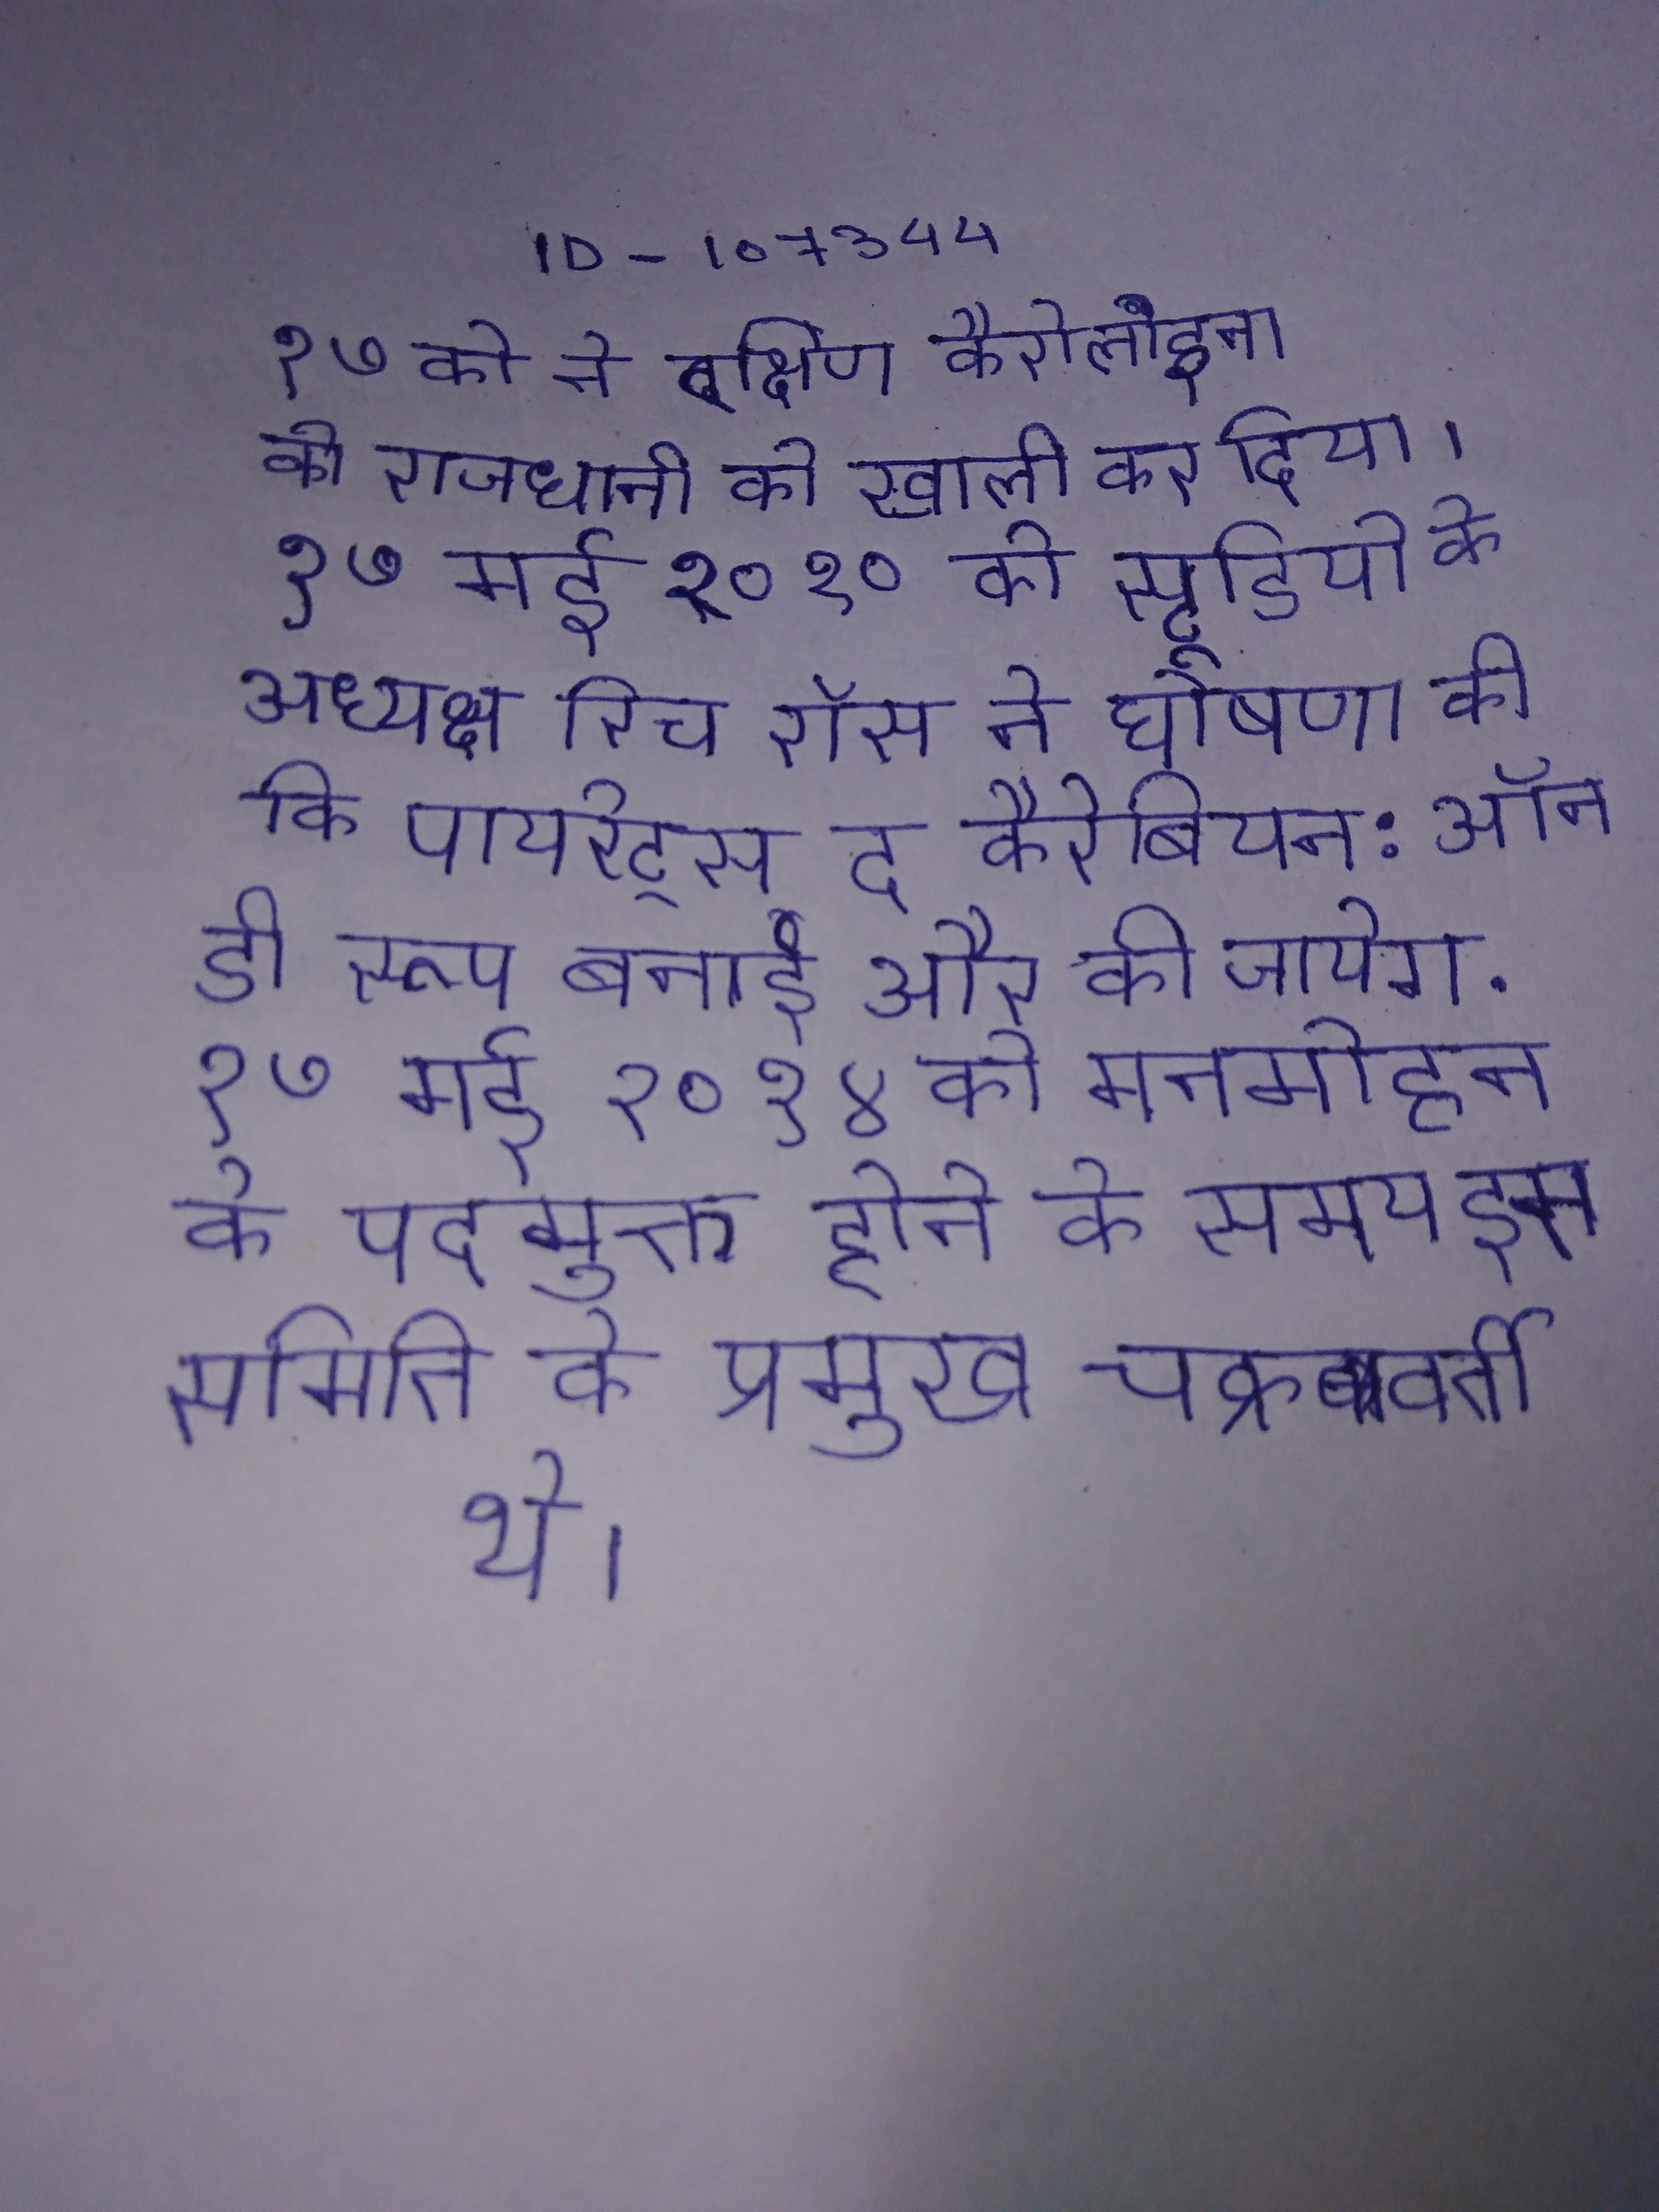
१७ को ने दक्षिण कैरोलाइना की राजधानी को खाली कर दिया । १७ मई २०१० को स्टूडियो के अध्यक्ष रिच रॉस ने घोषणा की कि पायरेट्स द कैरेबियन: ऑन डी रूप बनाई और की जायेगी . १७ मई २०१४ को मनमोहन के पदमुक्त होने के समय इस समिति के प्रमुख चक्रवर्ती थे ।